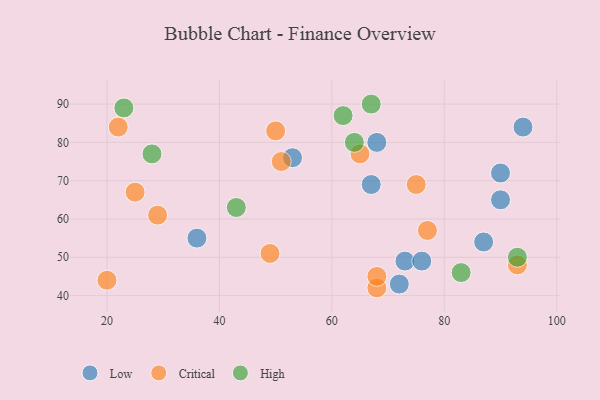
{"axis": {"x": "GDP", "y": "Life Expectancy"}, "legend": ["Critical", "High", "Low"], "data": [{"x": "94", "y": 84, "type": "Low"}, {"x": "90", "y": 65, "type": "Low"}, {"x": "36", "y": 55, "type": "Low"}, {"x": "72", "y": 43, "type": "Low"}, {"x": "90", "y": 72, "type": "Low"}, {"x": "87", "y": 54, "type": "Low"}, {"x": "53", "y": 76, "type": "Low"}, {"x": "73", "y": 49, "type": "Low"}, {"x": "68", "y": 80, "type": "Low"}, {"x": "76", "y": 49, "type": "Low"}, {"x": "67", "y": 69, "type": "Low"}, {"x": "22", "y": 84, "type": "Critical"}, {"x": "65", "y": 77, "type": "Critical"}, {"x": "68", "y": 42, "type": "Critical"}, {"x": "93", "y": 48, "type": "Critical"}, {"x": "51", "y": 75, "type": "Critical"}, {"x": "29", "y": 61, "type": "Critical"}, {"x": "75", "y": 69, "type": "Critical"}, {"x": "20", "y": 44, "type": "Critical"}, {"x": "68", "y": 45, "type": "Critical"}, {"x": "49", "y": 51, "type": "Critical"}, {"x": "50", "y": 83, "type": "Critical"}, {"x": "25", "y": 67, "type": "Critical"}, {"x": "77", "y": 57, "type": "Critical"}, {"x": "23", "y": 89, "type": "High"}, {"x": "83", "y": 46, "type": "High"}, {"x": "64", "y": 80, "type": "High"}, {"x": "43", "y": 63, "type": "High"}, {"x": "67", "y": 90, "type": "High"}, {"x": "28", "y": 77, "type": "High"}, {"x": "93", "y": 50, "type": "High"}, {"x": "62", "y": 87, "type": "High"}]}